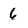
Character: 6